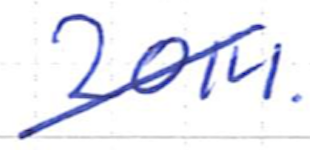
Text: 2014.
Cross-out: diagonal
Writing tool: ballpoint